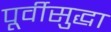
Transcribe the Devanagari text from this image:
पूर्वीसुद्धा